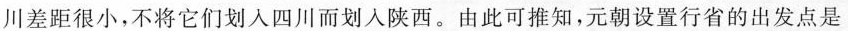
川差距很小，不将它们划入四川而划入陕西。由此可推知，元朝设置行省的出发点是